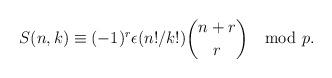
LaTeX: \begin{align*}S(n,k) \equiv (-1)^r \epsilon(n!/k!)\binom{n+r}{r} \mod p.\end{align*}